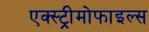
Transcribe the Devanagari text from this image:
एक्स्ट्रीमोफाइल्स